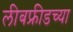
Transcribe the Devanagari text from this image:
लीबफ्रीडच्या